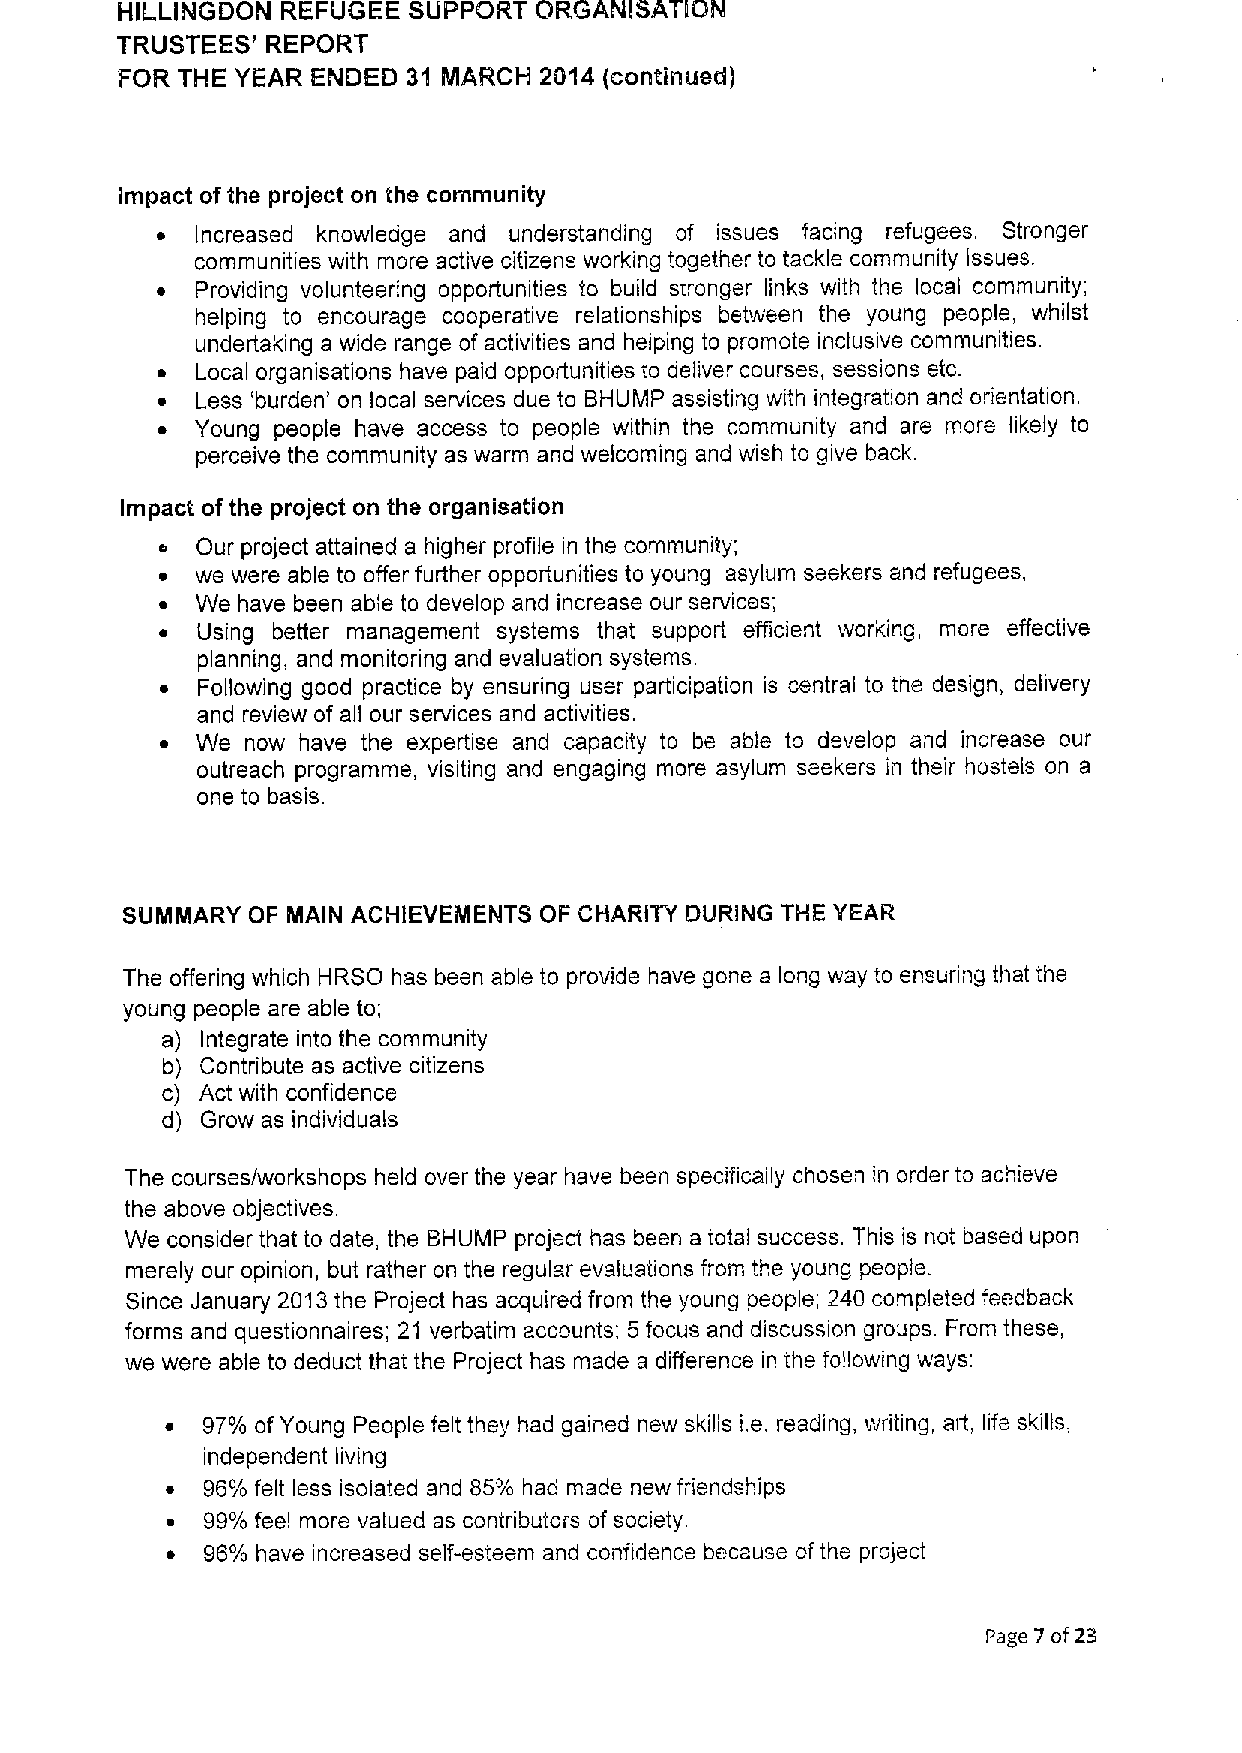
HILLINGDON REFUGEE SUPPORT ORGANISATION
 TRUSTEES' REPORT
 FOR THE YEAR ENDED 31 MARCHI 2014 (continued)
 Impact ofthe project on the community
 ~  Increased knowledge and understanding of issues facing refugees. Stronger
 communities with more active citizens working together to tackle community Issues.
 ~  Providing volunteering opportunities to build stronger links with the local community;
 helping to encourage cooperative relationships between the young people, whilst
 undertaking a wide range of activities and helping to promote inclusive communities.
 ~  Local organisations have paid opportunities to deliver courses, sessions etc.
 ~  Less 'burden' on local services due to BHUMP assisting with integration and orientation.
 ~  Young people have access to people within the community and are more likely to
 perceive the community as warm and welcoming and wish to give back.
 Impact of the project on the organisation
 o Our project attained a higher profile in the community;
 ~ we were able to offer further opportunities to young asylum seekers and refugees,
 ~ We have been able to develop and increase our services;
 ~ Using better management systems that support efficient working, more effective
 planning, and monitoring and evaluation systems.
 ~ Following good practice by ensuring user participation is central to the design, delivery
 and review of all our services and activities.
 ~ We now have the expertise and capacity to be able to develop and increase our
 outreach programme, visiting and engaging more asylum seekers in their hostels on a
 one to basis.
 SUMMARY OF MAIN ACHIEVEIIENTS OF CHARITY DUR!NG THE YEAR
 The offering which HRSO has been able to provide have gone a long way to ensuring that the
 young people are able to;
 a) Integrate into the community
 b) Contribute as active citizens
 c) Act with confidence
 d) Grow as individuals
 The courses/workshops held over the year have been specifically chosen in order to achieve
 the above objectives.
 We consider that to date, the BHUMP project has been a total success. This is not based upon
 merely our opinion, but rather on the regular evaluations from the young people.
 Since January 2013the Project has acquired trom the young people; 240 completed feedback
 forms and questionnaires; 21 verbatim accounts; 5 focus and discussion groups. From these,
 we were able to deduct that the Project has made a difference in the following ways:
 ~ 97% of Young People felt they had gained new skills i.e. reading, writing, art, life skills,
 independent living
 ~ 96%felt less isolated and 85% had made new friendships
 ~  99%feel more valued as contributors of society
 ~  96% have increased self-esteem and confidence because of the project
 Page 7 of2g